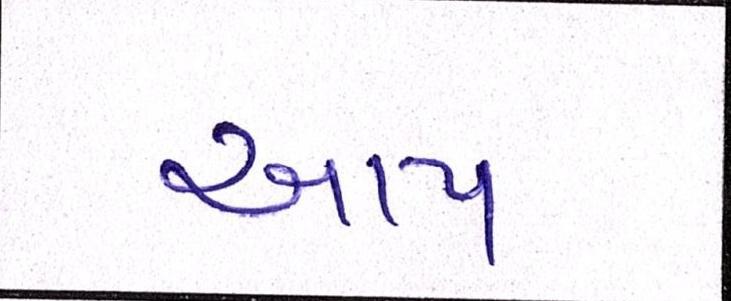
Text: આપ